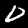
Digit: 0